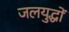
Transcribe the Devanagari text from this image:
जलयुद्धों